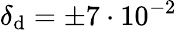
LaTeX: \delta_{\mathrm{d}}=\pm 7\cdot 10^{-2}